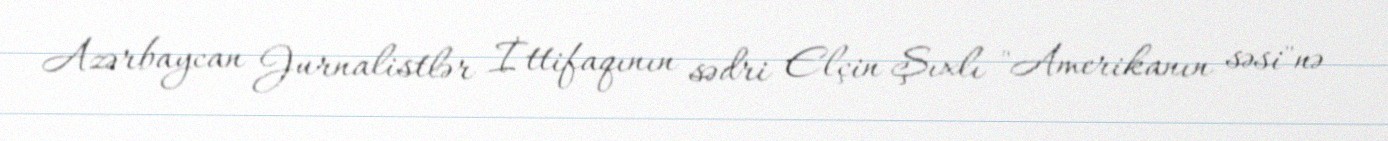
Azərbaycan Jurnalistlər İttifaqının sədri Elçin Şıxlı "Amerikanın səsi"nə